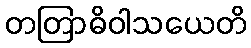
တတြာဓိဝါသယေတိ